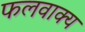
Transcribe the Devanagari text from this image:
फलवाक्य